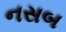
નસબ